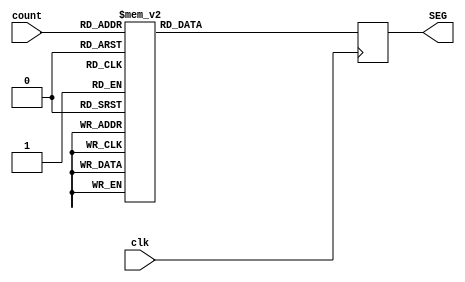
// Module Name:    to_seven_seg 
// Project Name: 
// Target Devices: 
// Tool versions: 
// Description: 
//
// Dependencies: 
//
// Revision: 
// Revision 0.01 - File Created
// Additional Comments: 
//
//////////////////////////////////////////////////////////////////////////////////
module to_7_seg(
		input clk,
		input  [3:0] count,
		output reg [7:0] SEG
    );

//wire [2:0] enable;
//assign enable = 3'b110;



always @(posedge clk)
begin
	case(count)
	4'd0: SEG <= 8'b11111100;
	4'd1: SEG <= 8'b01100000;
	4'd2: SEG <= 8'b11011010;
	4'd3: SEG <= 8'b11110010;
	4'd4: SEG <= 8'b01100110;
	4'd5: SEG <= 8'b10110110;
	4'd6: SEG <= 8'b10111110;
	4'd7: SEG <= 8'b11100000;
	4'd8: SEG <= 8'b11111110;
	4'd9: SEG <= 8'b11110110;
	default: SEG <= 8'b00000000;
	endcase
end

endmodule